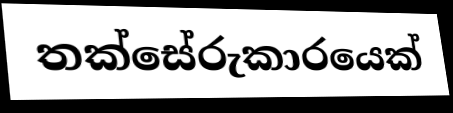
තක්සේරුකාරයෙක්